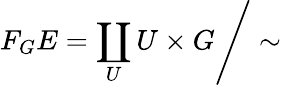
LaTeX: F_{G}E=\left.\coprod_{U}U\times G\right/\sim